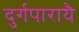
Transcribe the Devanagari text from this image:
दुर्गपारायै